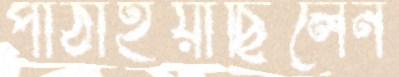
পাঠাইয়াছিলেন